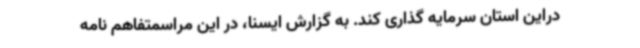
دراین استان سرمایه گذاری کند. به گزارش ایسنا، در این مراسمتفاهم نامه